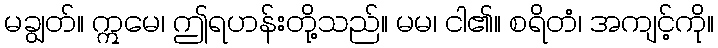
မချွတ်။ ဣမေ၊ ဤရဟန်းတို့သည်။ မမ၊ ငါ၏။ စရိတံ၊ အကျင့်ကို။